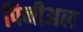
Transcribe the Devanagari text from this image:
पिनीअल